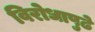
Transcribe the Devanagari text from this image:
विरोधापुढे